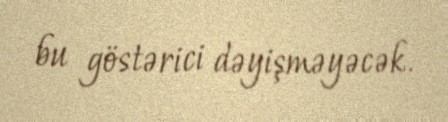
bu göstərici dəyişməyəcək.